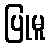
ပြုမူ